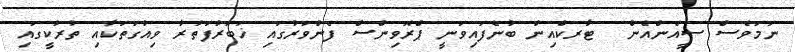
ނަމަވެސް ސީއެންއެން  ޓާރކްއިން ބުނެފައިވަނީ ޕްރޮވިންސް ފެންވަރުގައި ޚަބަރުފަތުރާ ވިއުގަތަކާއި ތުރުކީގައި